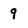
Character: 9